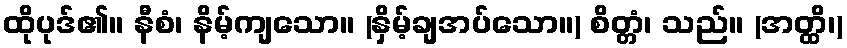
ထိုပုဒ်၏။ နီစံ၊ နိမ့်ကျသော။ (နှိမ့်ချအပ်သော။) စိတ္တံ၊ သည်။ (အတ္ထိ၊)